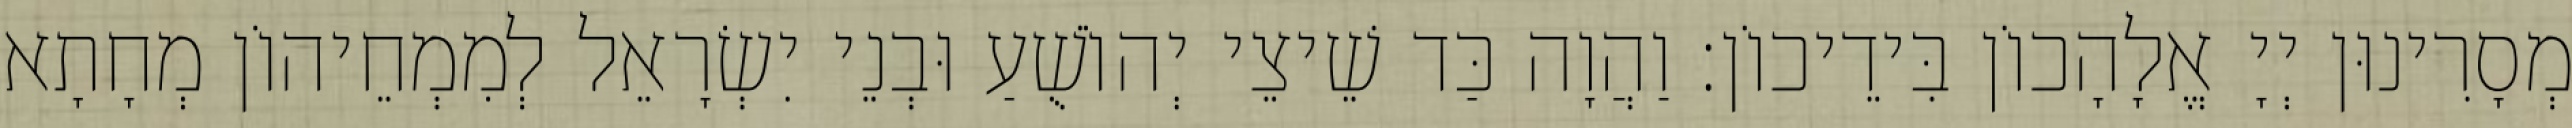
מְסָרִינוּן יְיָ אֱלָהָכוֹן בִּידֵיכוֹן׃ וַהֲוָה כַּד שֵׁיצֵי יְהוֹשֻׁעַ וּבְנֵי יִשְׂרָאֵל לְמִמְחֵיהוֹן מְחָתָא